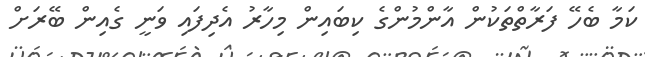
ކަމާ ބެހޭ ފަރާތްތަކުން އާންމުންގެ ކިބައިން މިހާރު އެދިފައި ވަނީ ގެއިން ބޭރަށް